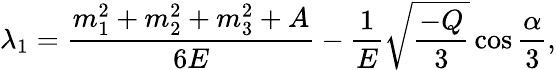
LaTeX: \lambda_{1}=\frac{m_{1}^{2}+m_{2}^{2}+m_{3}^{2}+A}{6E}-\frac 1E\sqrt{\frac{-Q}3}\cos\frac\alpha 3,